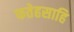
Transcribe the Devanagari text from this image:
फतेहसाहि